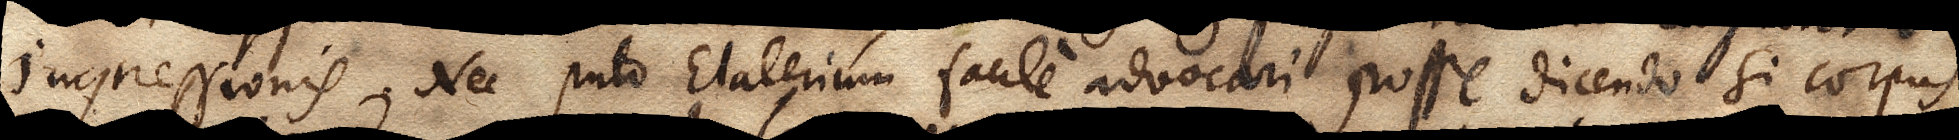
impressionis. Nec puto Elaterium facile advocari posse dicendo si corpus